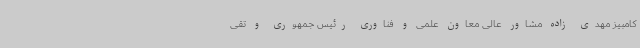
کامبیز مهدی زاده مشاور عالی معاون علمی و فناوری رئیس جمهوری و تقی